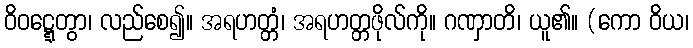
ဝိဝဋ္ဋေတွာ၊ လည်စေ၍။ အရဟတ္တံ၊ အရဟတ္တဖိုလ်ကို။ ဂဏှာတိ၊ ယူ၏။ (ကော ဝိယ၊